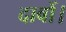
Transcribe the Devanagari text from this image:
दावों।